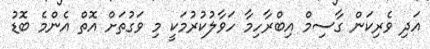
އަދި ވެރިކަން ގާސިމް އިބްރާހިމާ ހަވާލުކުރުމަކީ މި ވަގުތަށް އޮތް އެންމެ ބޮޑު